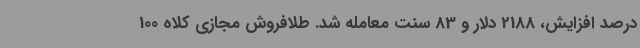
درصد افزایش، 2188 دلار و 83 سنت معامله شد. طلافروش مجازی کلاه 100